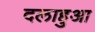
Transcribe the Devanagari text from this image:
दलाहुआ